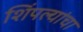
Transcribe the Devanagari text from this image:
शिंपल्यांचा